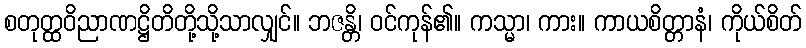
စတုတ္ထဝိညာဏဋ္ဌိတိတို့သို့သာလျှင်။ ဘဇန္တိ၊ ဝင်ကုန်၏။ ကသ္မာ၊ ကား။ ကာယစိတ္တာနံ၊ ကိုယ်စိတ်